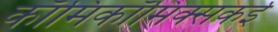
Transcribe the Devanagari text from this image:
काॅमिकॉमिक्सकई